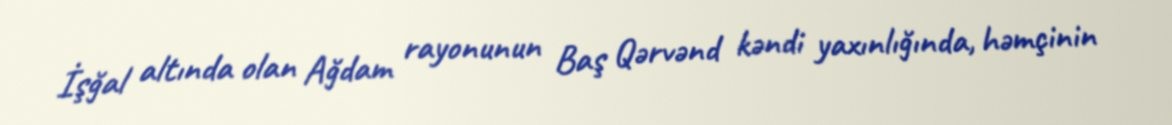
İşğal altında olan Ağdam rayonunun Baş Qərvənd kəndi yaxınlığında, həmçinin